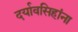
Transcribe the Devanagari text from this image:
दर्यावसिहांना